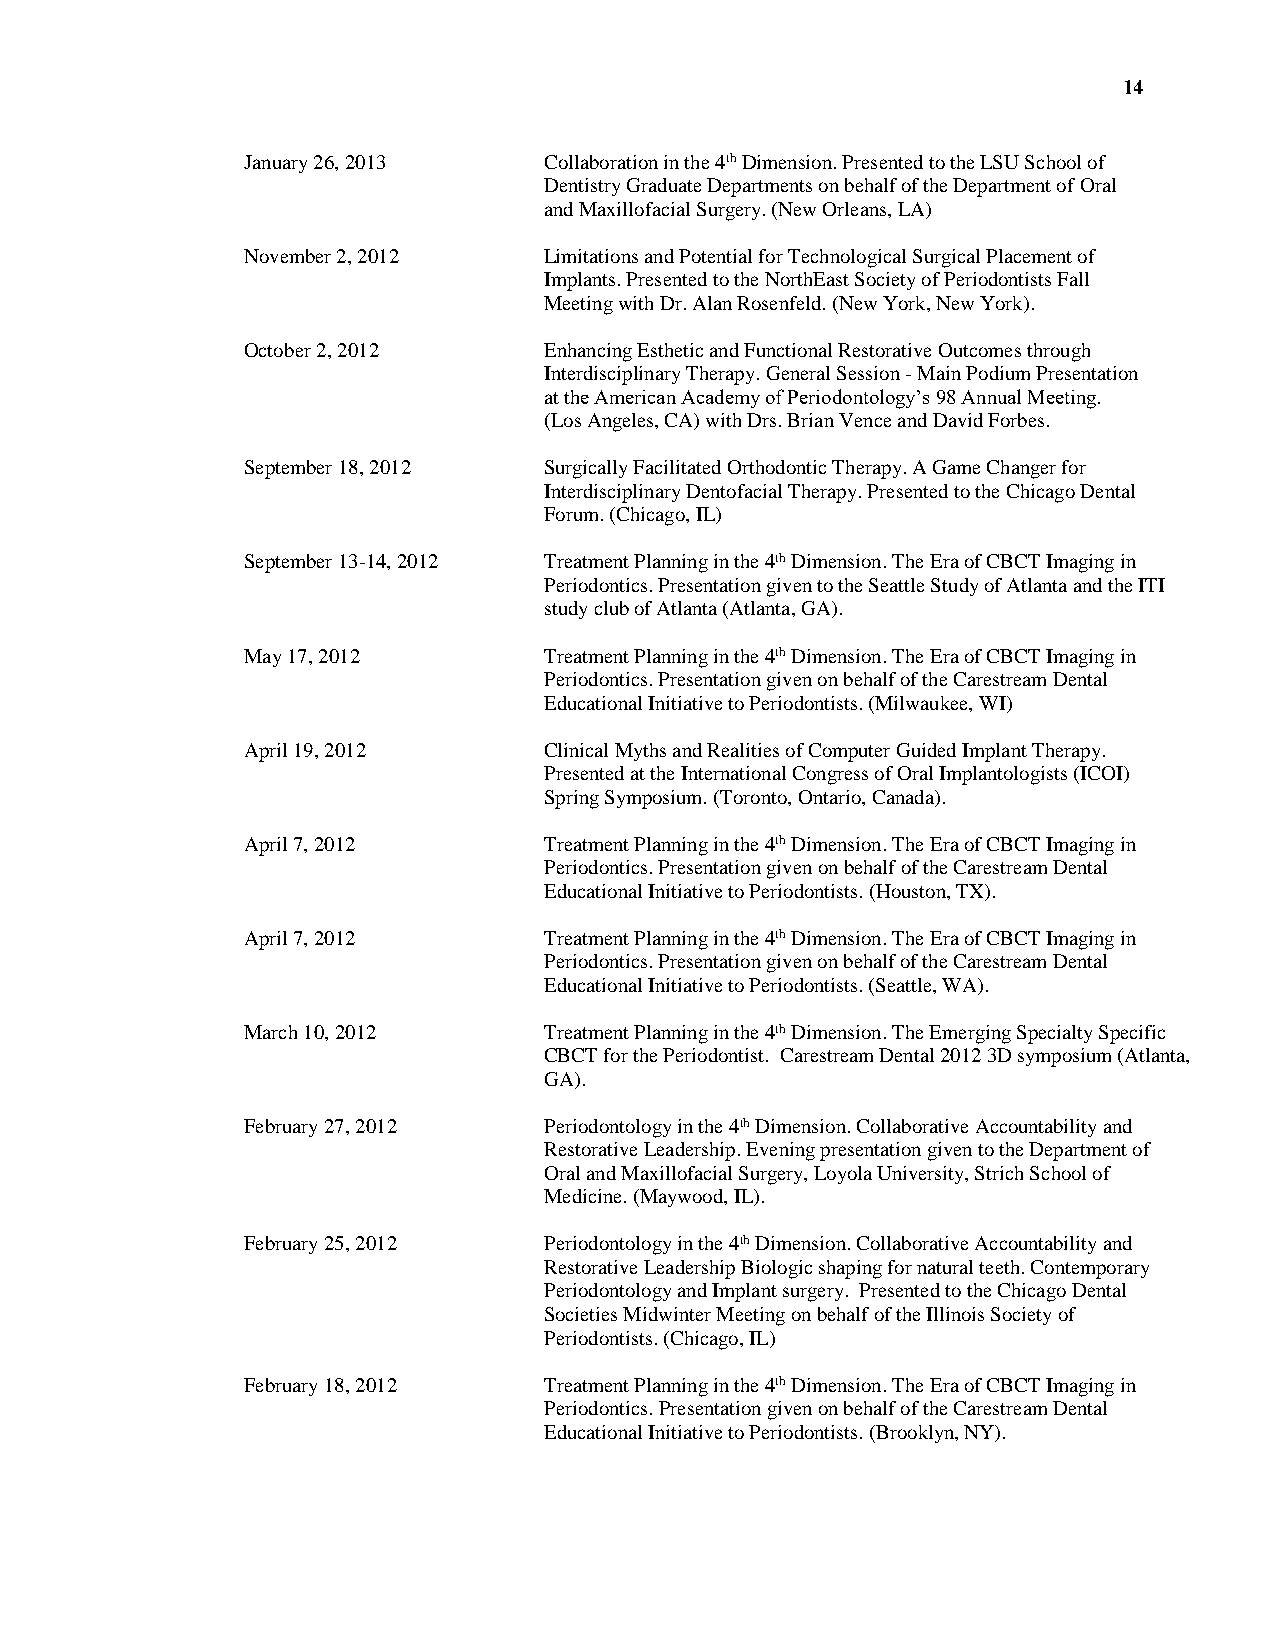
14
 January 26, 2013    Collaboration in the 4th Dimension. Presented to the LSU School of
 Dentistry Graduate Departments on behalf of the Department of Oral
 and Maxillofacial Surgery. (New Orleans, LA)
 November 2, 2012    Limitations and Potential for Technological Surgical Placement of
 Implants. Presented to the NorthEast Society of Periodontists Fall
 Meeting with Dr. Alan Rosenfeld. (New York, New York).
 October 2, 2012     Enhancing Esthetic and Functional Restorative Outcomes through
 Interdisciplinary Therapy. General Session - Main Podium Presentation
 at the American Academy of Periodontology’s 98 Annual Meeting.
 (Los Angeles, CA) with Drs. Brian Vence and David Forbes.
 September 18, 2012  Surgically Facilitated Orthodontic Therapy. A Game Changer for
 Interdisciplinary Dentofacial Therapy. Presented to the Chicago Dental
 Forum. (Chicago, IL)
 September 13-14, 2012 Treatment Planning in the 4th Dimension. The Era of CBCT Imaging in
 Periodontics. Presentation given to the Seattle Study of Atlanta and the ITI
 study club of Atlanta (Atlanta, GA).
 May 17, 2012        Treatment Planning in the 4th Dimension. The Era of CBCT Imaging in
 Periodontics. Presentation given on behalf of the Carestream Dental
 Educational Initiative to Periodontists. (Milwaukee, WI)
 April 19, 2012      Clinical Myths and Realities of Computer Guided Implant Therapy.
 Presented at the International Congress of Oral Implantologists (ICOI)
 Spring Symposium. (Toronto, Ontario, Canada).
 April 7, 2012       Treatment Planning in the 4th Dimension. The Era of CBCT Imaging in
 Periodontics. Presentation given on behalf of the Carestream Dental
 Educational Initiative to Periodontists. (Houston, TX).
 April 7, 2012       Treatment Planning in the 4th Dimension. The Era of CBCT Imaging in
 Periodontics. Presentation given on behalf of the Carestream Dental
 Educational Initiative to Periodontists. (Seattle, WA).
 March 10, 2012      Treatment Planning in the 4th Dimension. The Emerging Specialty Specific
 CBCT for the Periodontist. Carestream Dental 2012 3D symposium (Atlanta,
 GA).
 February 27, 2012   Periodontology in the 4th Dimension. Collaborative Accountability and
 Restorative Leadership. Evening presentation given to the Department of
 Oral and Maxillofacial Surgery, Loyola University, Strich School of
 Medicine. (Maywood, IL).
 February 25, 2012   Periodontology in the 4th Dimension. Collaborative Accountability and
 Restorative Leadership Biologic shaping for natural teeth. Contemporary
 Periodontology and Implant surgery. Presented to the Chicago Dental
 Societies Midwinter Meeting on behalf of the Illinois Society of
 Periodontists. (Chicago, IL)
 February 18, 2012   Treatment Planning in the 4th Dimension. The Era of CBCT Imaging in
 Periodontics. Presentation given on behalf of the Carestream Dental
 Educational Initiative to Periodontists. (Brooklyn, NY).